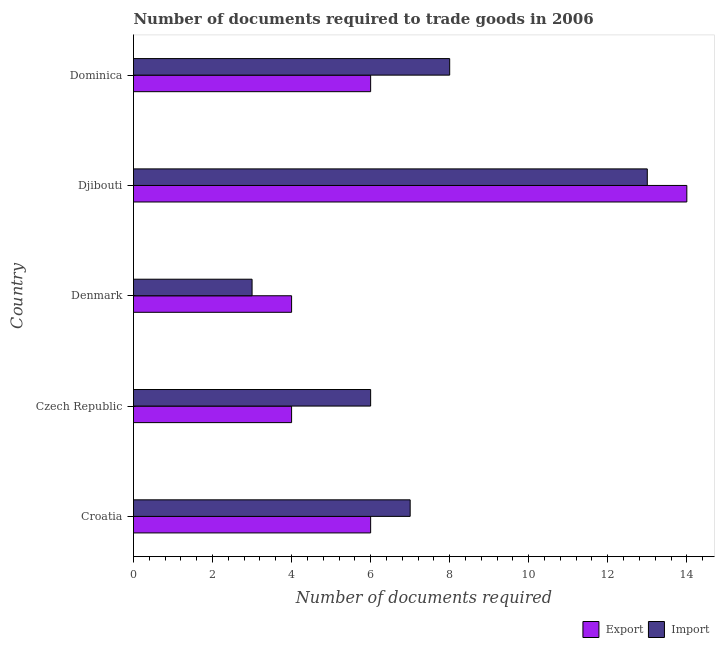
| Country | Export | Import |
 | --- | --- | --- |
 | Croatia | 6 | 7 |
 | Czech Republic | 4 | 6 |
 | Denmark | 4 | 3 |
 | Djibouti | 14 | 13 |
 | Dominica | 6 | 8 |